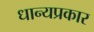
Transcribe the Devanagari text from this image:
धान्यप्रकार